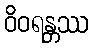
ဝိဝရန္တဿ